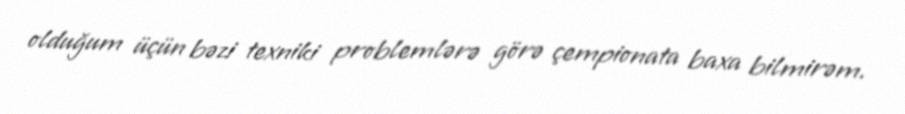
olduğum üçün bəzi texniki problemlərə görə çempionata baxa bilmirəm.